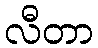
လီတာ